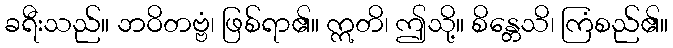
ခရီးသည်။ ဘဝိတဗ္ဗံ၊ ဖြစ်ရာ၏။ ဣတိ၊ ဤသို့။ စိန္တေသိ၊ ကြံစည်၏။